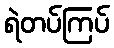
ရဲတပ်ကြပ်